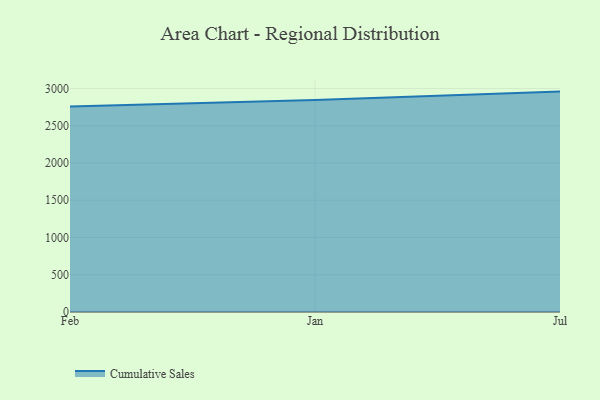
{"axis": {"x": "Month", "y": "Operating Costs (USD K)"}, "legend": ["Cumulative Sales"], "data": [{"x": "Feb", "y": 2758.4, "type": "Cumulative Sales"}, {"x": "Jan", "y": 2845.9, "type": "Cumulative Sales"}, {"x": "Jul", "y": 2957.9, "type": "Cumulative Sales"}]}